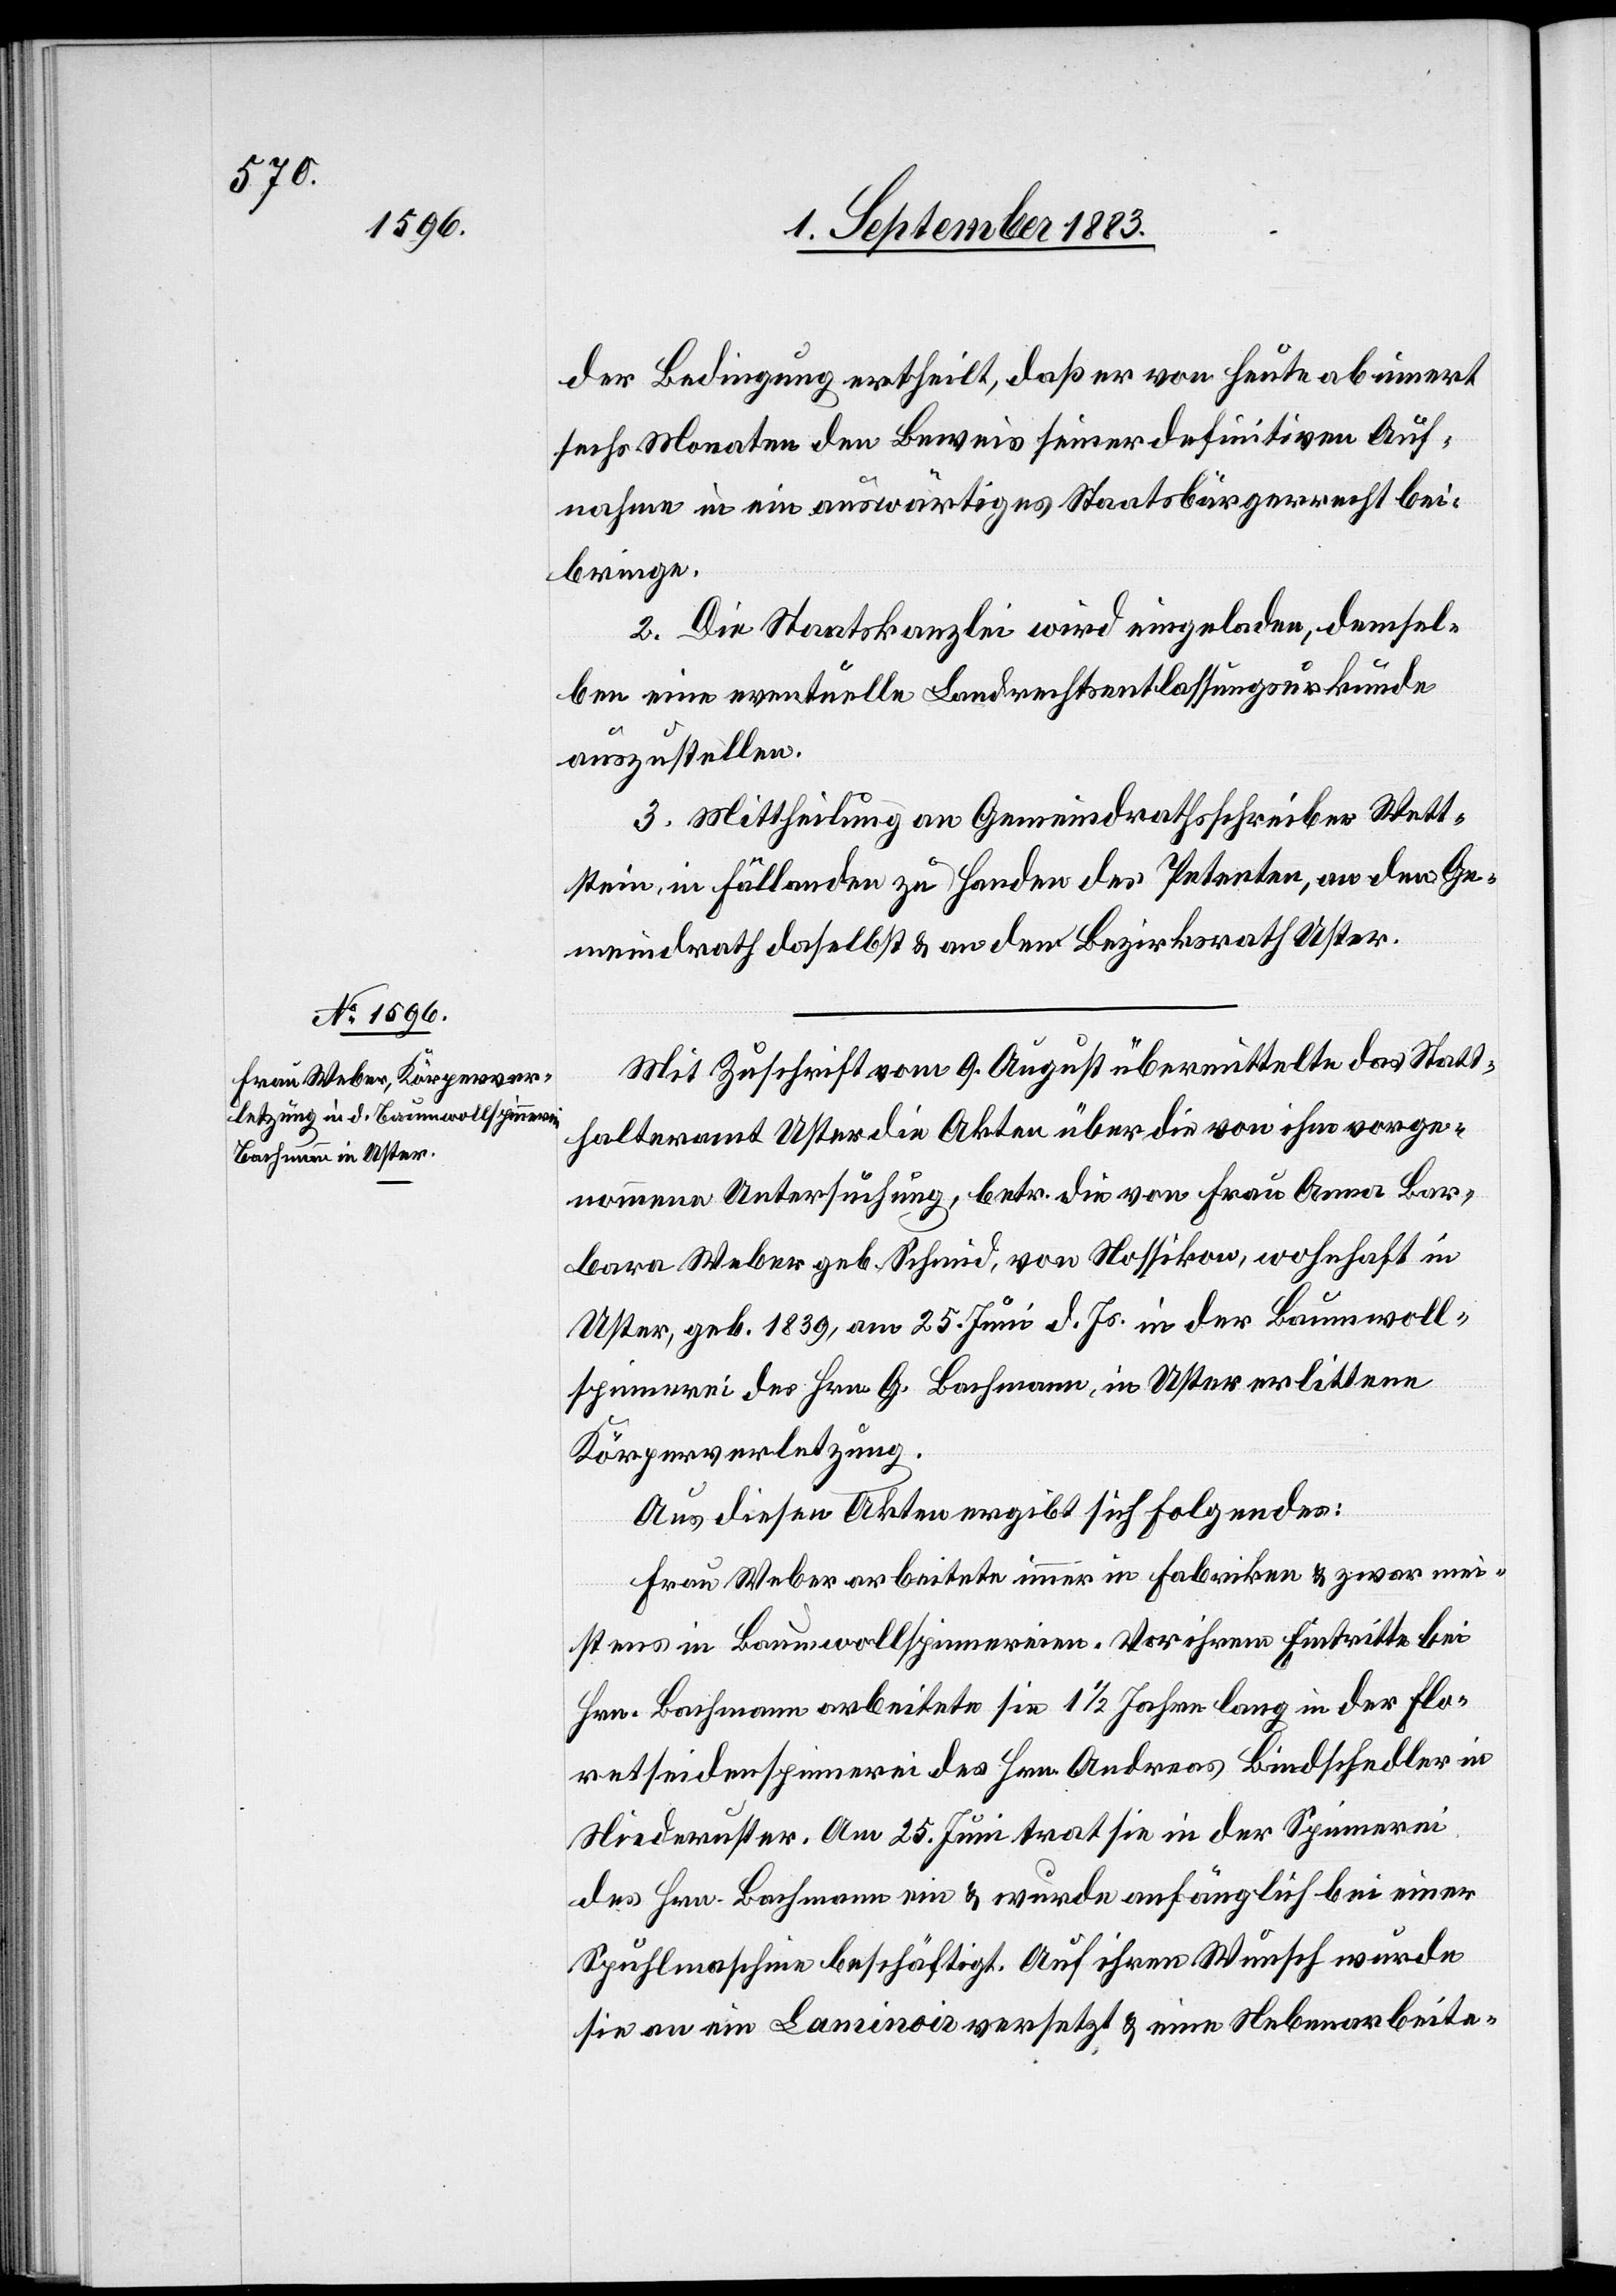
der Bedingung ertheilt, daß er von heute ab innert
sechs Monaten den Beweis seiner definitiven Auf¬
nahme in ein auswärtiges Staatsbürgerrecht bei¬
bringe.
2. Die Staatskanzlei wird eingeladen, demsel¬
ben eine eventuelle Landrechtsentlassungsurkunde
auszustellen.
3. Mittheilung an Gemeindrathsschreiber Wett¬
stein, in Fällanden zu Handen des Petenten, an den Ge¬
meindrath daselbst & an den Bezirksrath Uster.
Mit Zuschrift vom 9. August übermittelte das Statt¬
halteramt Uster die Akten über die von ihm vorge¬
nommene Untersuchung, betr. die von Frau Anna Bar¬
bara Weber geb. Schmid, von Nossikon, wohnhaft in
Uster, geb. 1839, am 25. Juni d. Js. in der Baumwoll¬
spinnerei des Hrn. G. Bachmann, in Uster erlittene
Körperverletzung.
Aus diesen Akten ergibt sich Folgendes:
Frau Weber arbeitete immer in Fabriken & zwar mei¬
stens in Baumwollspinnereien. Vor ihrem Eintritte bei
Hrn. Bachmann arbeitete sie 1 1/2 Jahre lang in der Flo¬
retseidenspinnerei des Hrn. Andreas Bindschedler in
Niederuster. Am 25. Juni trat sie in der Spinnerei
des Hrn. Bachmann ein & wurde anfänglich bei einer
Spuhlmaschine beschäftigt. Auf ihren Wunsch wurde
sie an eine Laminoir versetzt & eine Nebenarbeite-